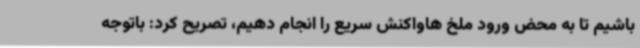
باشیم تا به محض ورود ملخ هاواکنش سریع را انجام دهیم، تصریح کرد: باتوجه